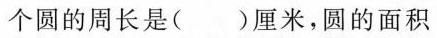
个圆的周长是( )厘米，圆的面积